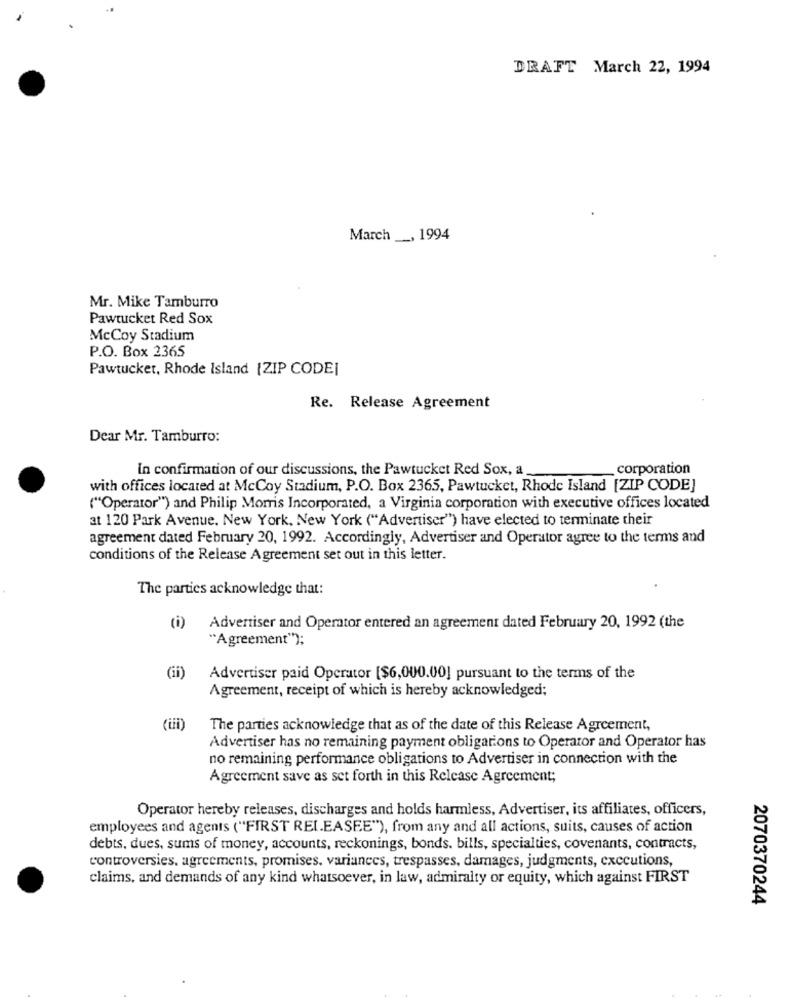
DRAFT March 22, 1994
March __, 1994
Mr. Mike Tamburro
Pawtucket Red Sox
McCoy Stadium
P.O. Box 2365
Pawtucket, Rhode Island |ZIP CODE]
Re. Release Agreement
Dear Mr. Tamburro:
In confirmation of our discussions, the Pawtucket Red Sox, a
corporation
with offices located at McCoy Stadium, P.O. Box 2365, Pawtucket, Rhode Island [ZIP CODE]
("Operator") and Philip Morris Incorporated, a Virginia corporation with executive offices located
at 120 Park Avenue. New York, New York ("Advertiser") have elected to terminate their
agreement dated February 20, 1992. Accordingly, Advertiser and Operator agree to the terms and
conditions of the Release Agreement set out in this letter.
The parties acknowledge that:
(i)
Advertiser and Operator entered an agreement dated February 20, 1992 (the
"Agreement");
(ii)
Advertiser paid Operator [$6,000.00] pursuant to the terms of the
Agreement, receipt of which is hereby acknowledged;
(iii)
The parties acknowledge that as of the date of this Release Agreement,
Advertiser has no remaining payment obligations to Operator and Operator has
no remaining performance obligations to Advertiser in connection with the
Agreement save as set forth in this Release Agreement;
Operator hereby releases, discharges and holds harmless, Advertiser, its affiliates, officers,
employees and agents ("FIRST RELEASEE"), from any and all actions, suits, causes of action
debts, dues, sums of money, accounts, reckonings, bonds. bills, specialties, covenants, contracts,
controversies, agreements, promises. variances, trespasses, damages, judgments, executions,
claims, and demands of any kind whatsoever, in law, admiralty or equity, which against FIRST
2070370244